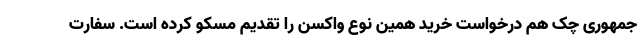
جمهوری چک هم درخواست خرید همین نوع واکسن را تقدیم مسکو کرده است. سفارت